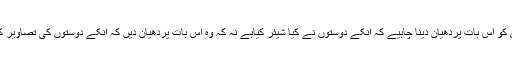
لیکن کمپنی چاہتی ہے کہ یوزرس کو اس بات پردھیان دینا چاہیے کہ انکے دوستوں نے کیا شیئر کیاہے نہ کہ وہ اس بات پردھیان دیں کہ انکے دوستوں کی تصاویر کوکتنے لائیکس حاصل ہوئے ہیں۔